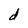
Character: d